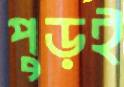
পুড়ই